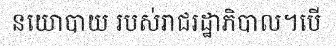
នយោបាយ របស់រាជរដ្ឋាភិបាល។បើ